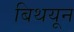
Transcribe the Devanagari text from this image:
बिथयून